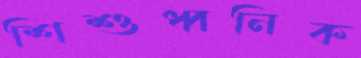
শিশুধ্বনিক